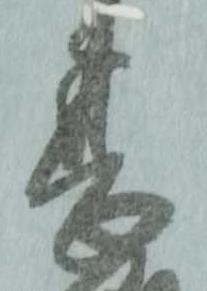
甚